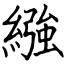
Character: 繈